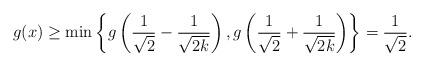
LaTeX: \begin{gather*}g(x)\geq \min\left\{g\left(\frac{1}{\sqrt{2}}-\frac{1}{\sqrt{2k}}\right),g\left(\frac{1}{\sqrt{2}}+\frac{1}{\sqrt{2k}}\right)\right\}=\frac{1}{\sqrt{2}}.\end{gather*}